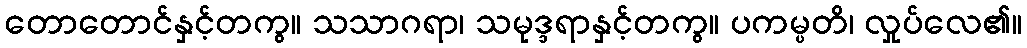
တောတောင်နှင့်တကွ။ သသာဂရာ၊ သမုဒ္ဒရာနှင့်တကွ။ ပကမ္ပတိ၊ လှုပ်လေ၏။